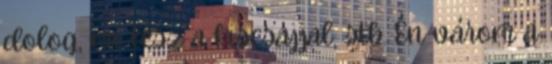
dolog, mi lesz a kiscsajjal, stb. Én várom a